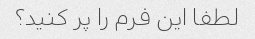
لطفا این فرم را پر کنید؟